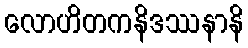
လောဟိတကနိဒဿနာနိ